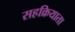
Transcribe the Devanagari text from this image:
सहक्रियाता